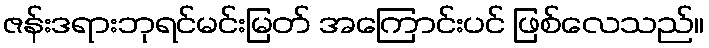
ဇန်းဒရားဘုရင်မင်းမြတ် အကြောင်းပင် ဖြစ်လေသည်။